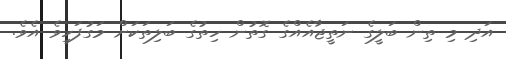
އަދި މި ތިން ބަލީގެ ނަތީޖާއެއްގެ ގޮތުން ހިތުގެ ބަލިތަކަށް މަގުފަހިވެ އެވެ.